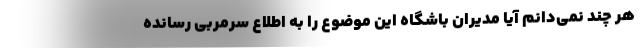
هر چند نمی‌دانم آیا مدیران باشگاه این موضوع را به اطلاع سرمربی رسانده